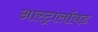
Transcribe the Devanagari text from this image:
आस्ट्रालॉयड